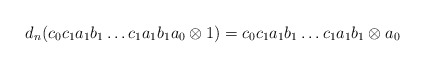
\begin{align*}d_n(c_0c_1a_1b_1 \dots c_1a_1b_1a_0 \otimes 1) = c_0c_1a_1b_1 \dots c_1a_1b_1 \otimes a_0 \end{align*}